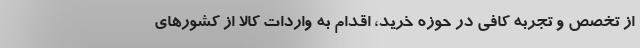
از تخصص و تجربه کافی در حوزه خرید، اقدام به واردات کالا از کشورهای